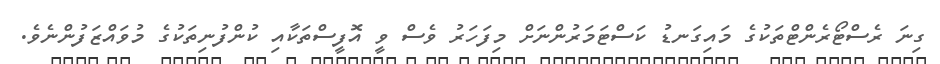
ގިނަ ރެސްޓޯރެންޓްތަކުގެ މައިގަނޑު ކަސްޓަމަރުންނަށް މިފަހަރު ވެސް ވީ އޮފީސްތަކާއި ކުންފުނިތަކުގެ މުވައްޒަފުންނެވެ.